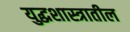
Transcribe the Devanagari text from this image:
युद्धशास्त्रातील